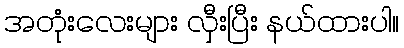
အတုံးလေးများ လှီးပြီး နယ်ထားပါ။